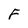
Character: F